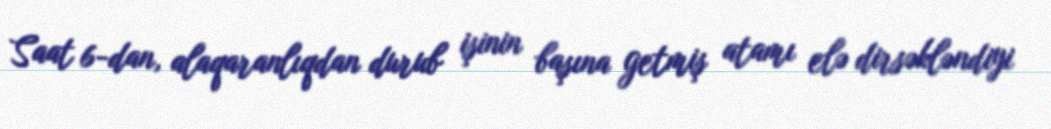
Saat 6-dan, alaqaranlıqdan durub işinin başına getmiş atamı elə dirsəkləndiyi